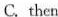
C. then